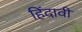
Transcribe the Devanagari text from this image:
हिंदावी